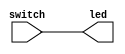
// --------------------------------------------------------------------
// >>>>>>>>>>>>>>>>>>>>>>>>> COPYRIGHT NOTICE <<<<<<<<<<<<<<<<<<<<<<<<<
// --------------------------------------------------------------------
// 
// 
// Description:
//
//		  LED 
// 
// Web: www.anlogic.com
// --------------------------------------------------------------------
`timescale 1ns / 1ps

module switch_led
(
	input	wire [15:0]		switch,
	output	wire [15:0]		led
);

assign led = switch;

endmodule